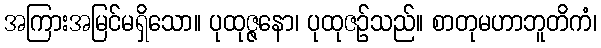
အကြားအမြင်မရှိသော။ ပုထုဇ္ဇနော၊ ပုထုဇဉ်သည်။ စာတုမဟာဘူတိကံ၊